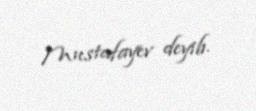
Mustafayev deyib.